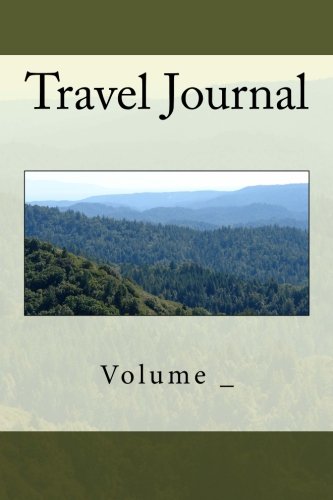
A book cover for Travel Journal: Mountain Cover (S M Travel Journals); S M; Science & Math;